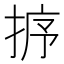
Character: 𢭸